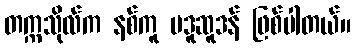
တက္ကသိုလ်က နစ်ကူ မဒူဆူဒန် ဖြစ်ပါတယ်။